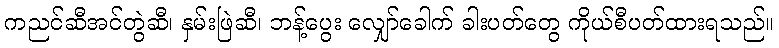
ကညင်ဆီအင်တွဲဆီ၊ နှမ်းဖြဲဆီ၊ ဘန့်ပွေး လျှော်ခေါက် ခါးပတ်တွေ ကိုယ်စီပတ်ထားရသည်။